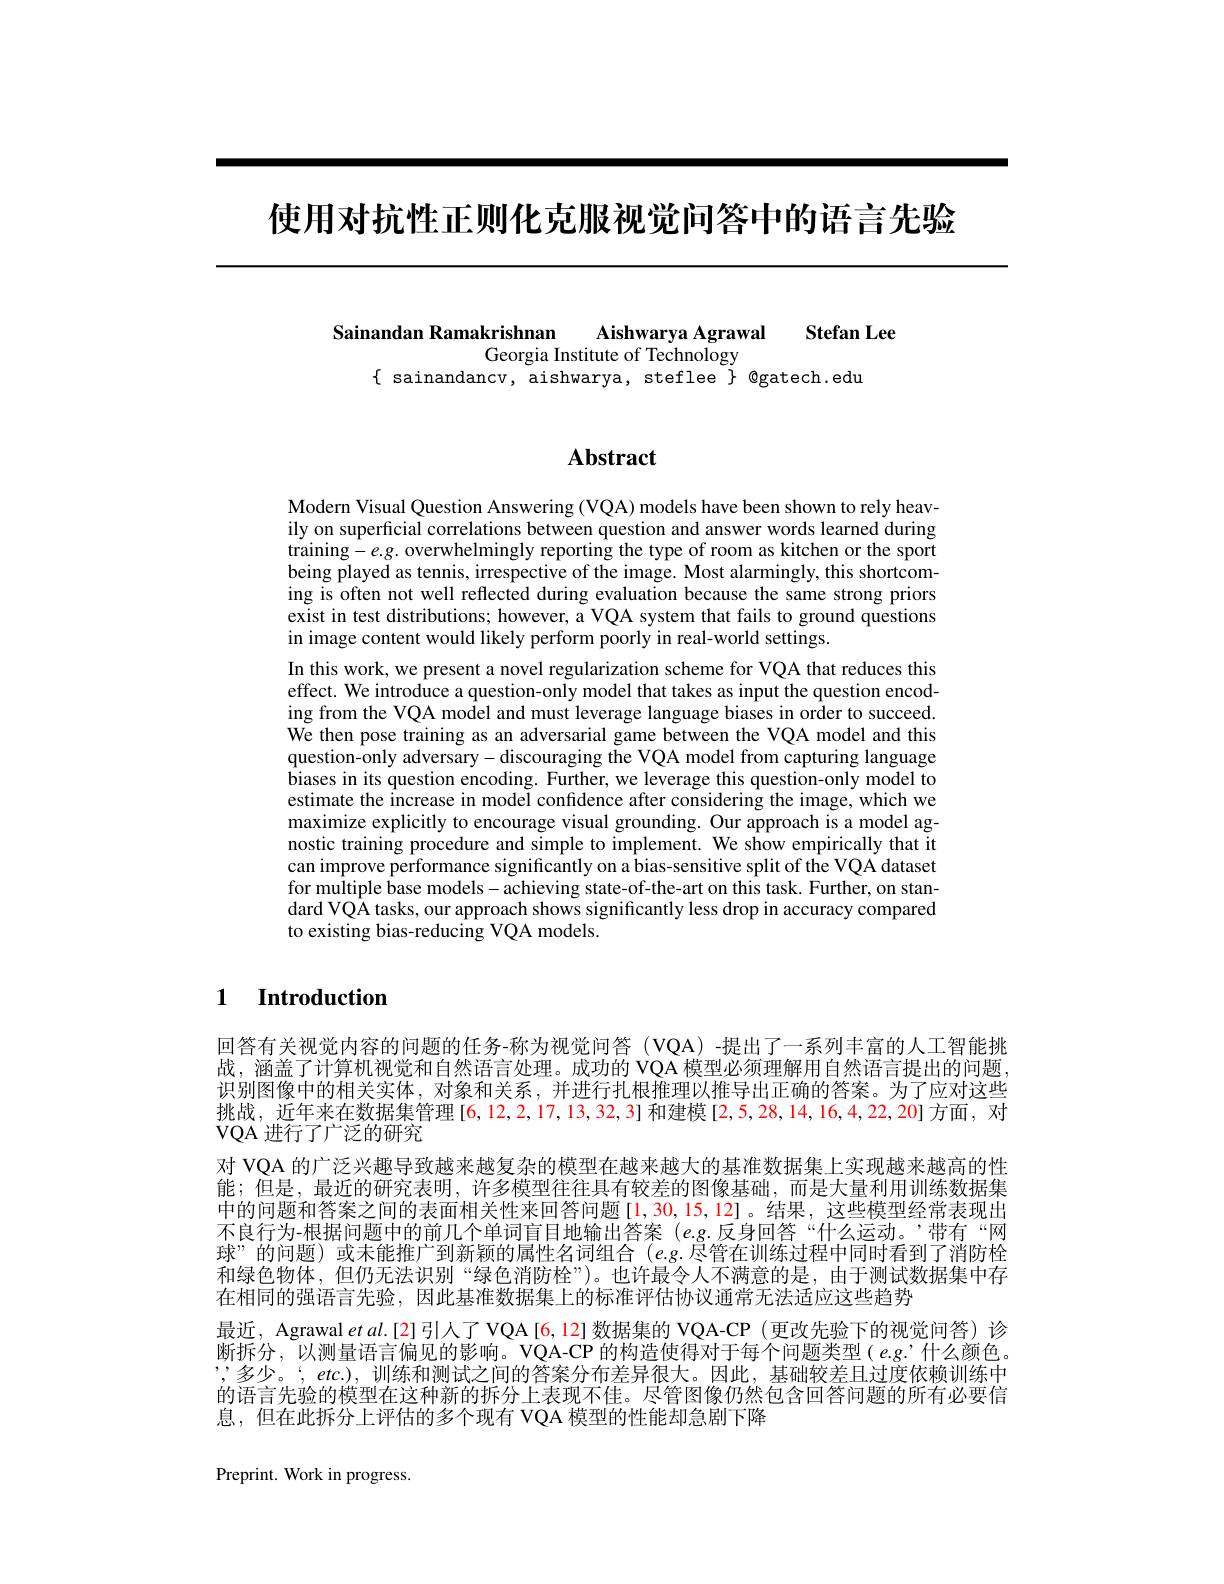
使用对抗性正则化克服视觉问答中的语言先验

Sainandan Ramakrishnan Aishwarya Agrawal

Stefan Lee
Georgia Institute of Technology
$\{$ sainandancv, aishwarya, steflee $\}$ @gatech.edu

## Abstract

Modern Visual Question Answering (VQA) models have been shown to rely heavily on superficial correlations between question and answer words learned during training-e.g. overwhelmingly reporting the type of room as kitchen or the sport being played as tennis, irrespective of the image. Most alarmingly, this shortcoming is often not well reflected during evaluation because the same strong priors exist in test distributions; however, a VQA system that fails to ground questions in image content would likely perform poorly in real-world settings.
In this work, we present a novel regularization scheme for VQA that reduces this effect. We introduce a question-only model that takes as input the question encoding from the VQA model and must leverage language biases in order to succeed We then pose training as an adversarial game between the VQA model and this question-only adversary-discouraging the VQA model from capturing language $\hat{\text{biases in its question encoding. Further, we leverage this question-only model to}}$ estimate the increase in model confidence after considering the image, which we maximize explicitly to encourage visual grounding. Our approach is a model agnostic training procedure and simple to implement. We show empirically that it can improve performance significantly on a bias-sensitive split of the VQA dataset for multiple base models- achieving state-of-the-art on this task. Further, on standard VQA tasks, our approach shows significantly less drop in accuracy compared to existing bias-reducing VQA models.

### $\textbf{1}$ $\textbf{Introduction}$

回答有关视觉内容的问题的任务-称为视觉问答(VQA)-提出了一系列丰富的人工智能挑战，涵盖了计算机视觉和自然语言处理。成功的 VQA 模型必须理解用自然语言提出的问题， 识别图像中的相关实体，对象和关系，并进行扎根推理以推导出正确的答案。为了应对这些挑战，近年来在数据集管理[6,12,2,17,13,32,3] 和建模[2,5,28,14,16,4,22,20] 方面，对$VQA$进行了广泛的研究
对 VQA 的广泛兴趣导致越来越复杂的模型在越来越大的基准数据集上实现越来越高的性能；但是，最近的研究表明，许多模型往往具有较差的图像基础，而是大量利用训练数据集中的问题和答案之间的表面相关性来回答问题[1,30,15,12]。结果，这些模型经常表现出不良行为-根据问题中的前几个单词盲目地输出答案 (e.g.反身回答“什么运动。”带有“网球”的问题)或未能推广到新颖的属性名词组合$(e.g.$尽管在训练过程中同时看到了消防栓和绿色物体，但仍无法识别“绿色消防栓”)。也许最令人不满意的是，由于测试数据集中存在相同的强语言先验，因此基准数据集上的标准评估协议通常无法适应这些趋势
最近，Agrawal et al.[2] 引人了 VQA[6,12] 数据集的 VQA-CP (更改先验下的视觉问答) 诊断拆分，以测量语言偏见的影响。VQA-CP 的构造使得对于每个问题类型(e.g.’什么颜色。”,多少。‘,etc.),训练和测试之间的答案分布差异很大。因此，基础较差且过度依赖训练中的语言先验的模型在这种新的拆分上表现不佳。尽管图像仍然包含回答问题的所有必要信息，但在此拆分上评估的多个现有 VQA 模型的性能却急剧下降

Preprint. Work in progress.